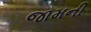
જામની